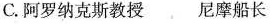
C.阿罗纳克斯教授尼摩船长